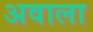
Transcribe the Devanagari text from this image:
अवाला